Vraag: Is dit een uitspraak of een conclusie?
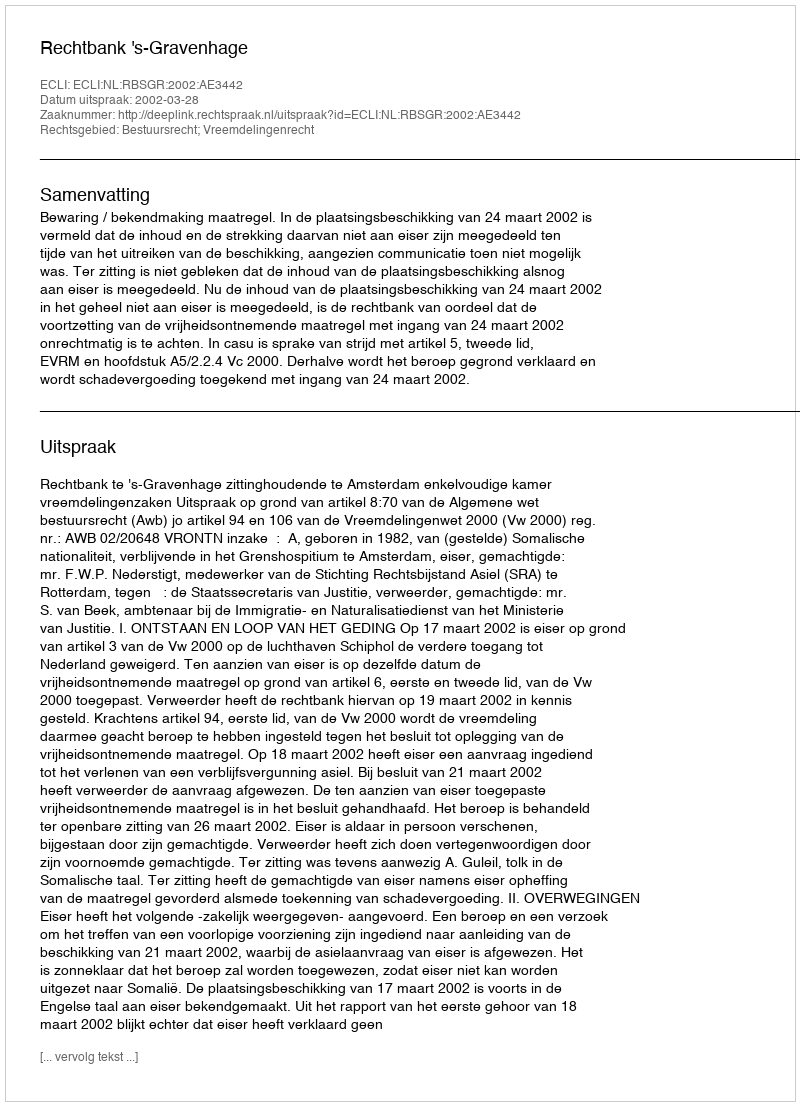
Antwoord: Uitspraak